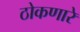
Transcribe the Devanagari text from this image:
ठोकणारे